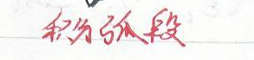
称为线段